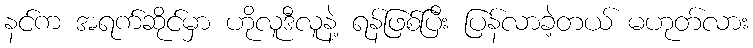
နင်က အရက်ဆိုင်မှာ ဟိုလူဒီလူနဲ့ ရန်ဖြစ်ပြီး ပြန်လာခဲ့တယ် မဟုတ်လား